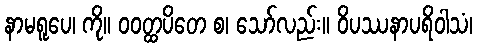
နာမရူပေ၊ ကို။ ဝဝတ္ထပိတေ စ၊ သော်လည်း။ ဝိပဿနာပရိဝါသံ၊